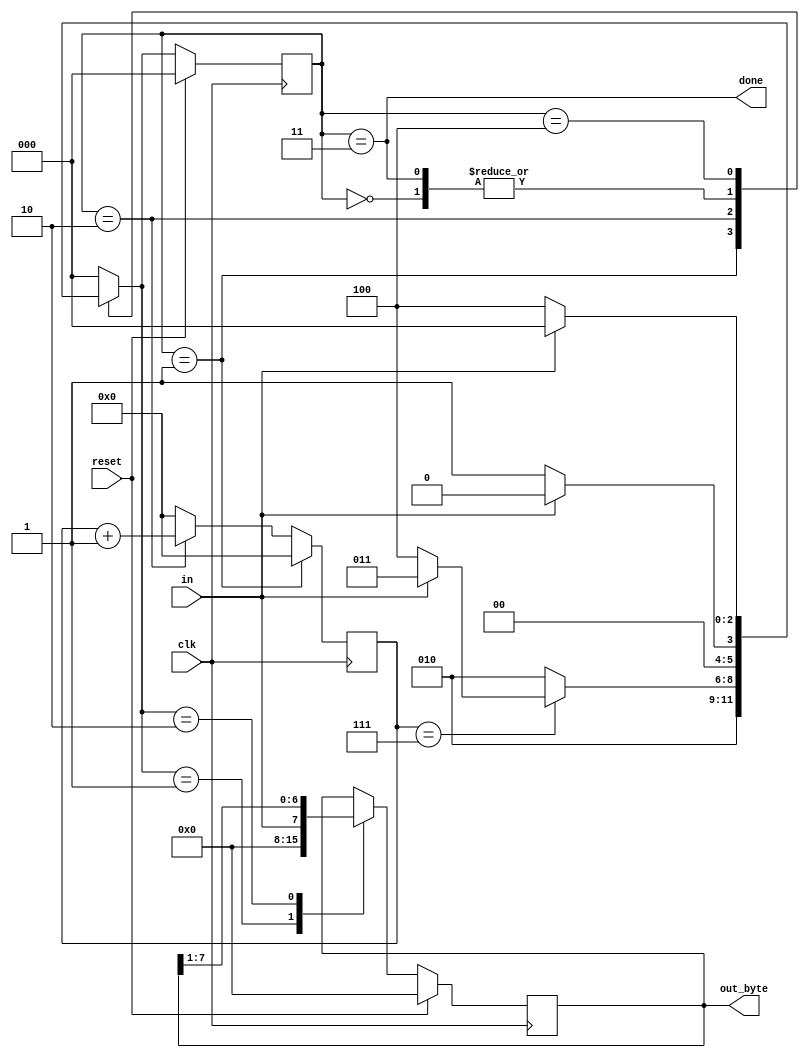
module top_module(
    input clk,
    input in,
    input reset,    // Synchronous reset
    output [7:0] out_byte,
    output done
); //

    reg [2 : 0] curr_state;
    reg [2 : 0] next_state;
    
    reg [4 : 0] cnt;
    
    parameter IDLE  = 3'd0;
    parameter START = 3'd1;
    parameter DATA  = 3'd2;
    parameter STOP  = 3'd3;
    parameter ERROR = 3'd4;
    
    always@(posedge clk)
    begin
        if(reset)
            curr_state <= IDLE;
    	else
            curr_state <= next_state;
    end
    
    always@(posedge clk)
    begin
        if(curr_state == START)
            cnt <= 4'd0;
        else if(curr_state == DATA)
            cnt <= cnt + 1'b1;
        else
            cnt <= 4'd0;
    end
    
    always@(*)
    begin
        case(curr_state)
            IDLE:  next_state = in ? IDLE : START;
            START: next_state = DATA;
            DATA:  next_state = (cnt == 7) ? (in ? STOP : ERROR) : DATA;
            STOP:  next_state = in ? IDLE : START;
            ERROR: next_state = in ? IDLE : ERROR;
            default: next_state = IDLE;
        endcase
    end
    
    always@(posedge clk)
    begin
        if(reset)
            out_byte <= 8'd0;
        else
            case(next_state)
                START: out_byte <= 8'd0;
                DATA : out_byte <= {in,out_byte[7:1]}; //移位寄存器
            endcase
    end
    
    assign done = (curr_state == STOP);
    

endmodule